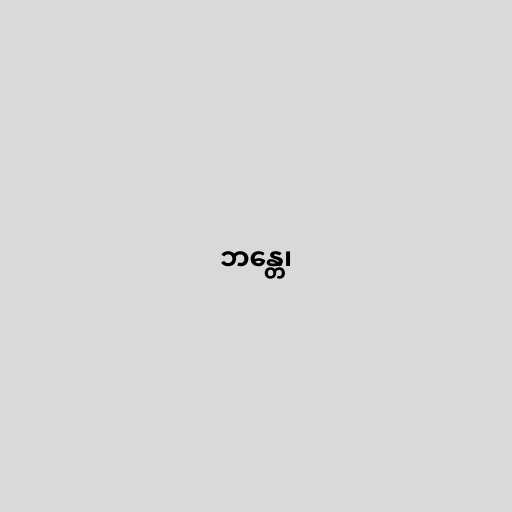
ဘန္တေ၊